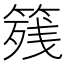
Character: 𱸐